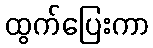
ထွက်ပြေးကာ